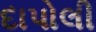
દાપોલી